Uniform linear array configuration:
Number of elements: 64
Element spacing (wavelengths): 0.75
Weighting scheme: hann
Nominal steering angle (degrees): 0
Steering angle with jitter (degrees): -0.2659
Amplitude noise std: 0.05
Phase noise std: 0.05

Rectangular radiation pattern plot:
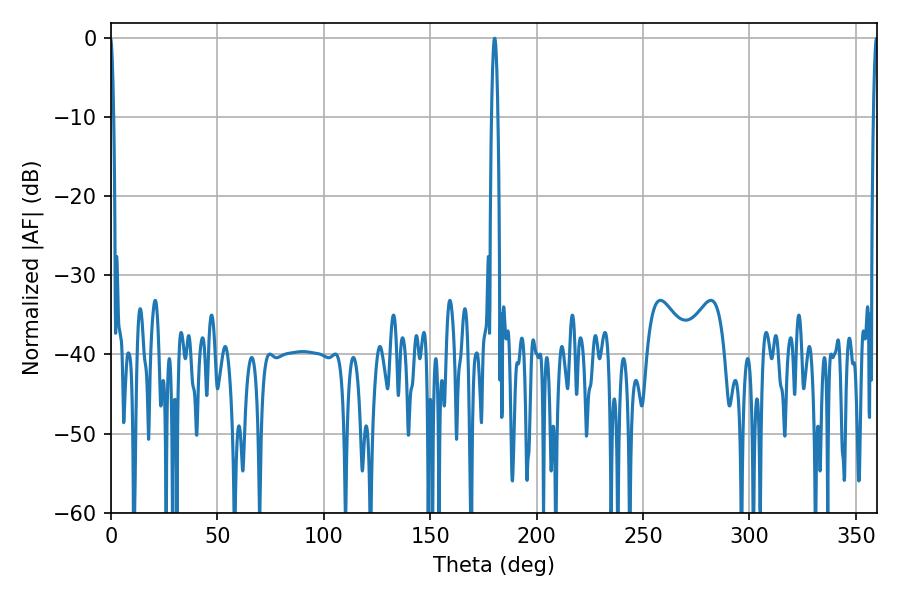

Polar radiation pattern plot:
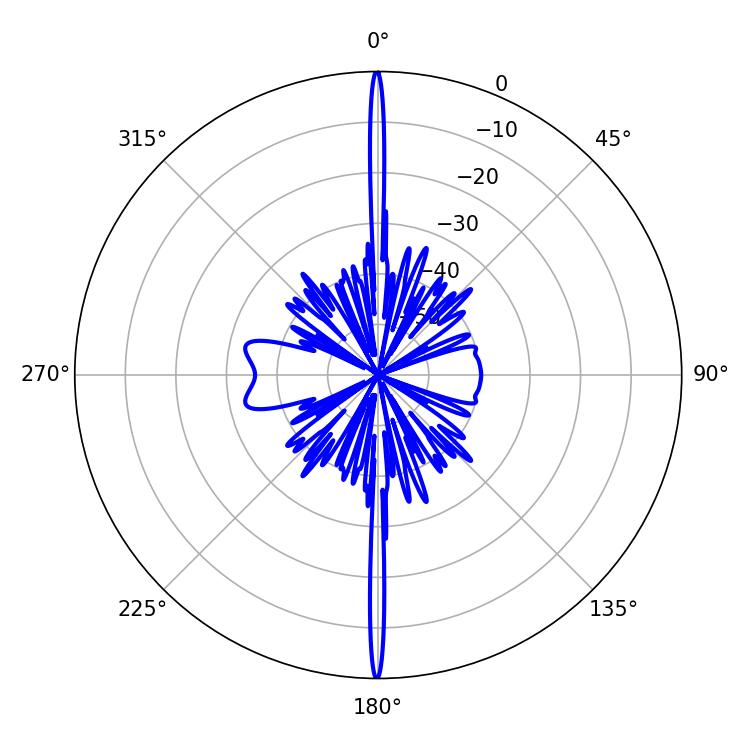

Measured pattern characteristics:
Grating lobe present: TRUE
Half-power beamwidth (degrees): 1.62
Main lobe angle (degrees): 180.18